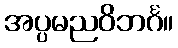
အပ္ပမညဝိဘင်္ဂ။